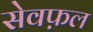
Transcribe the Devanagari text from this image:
सेवफ़ल